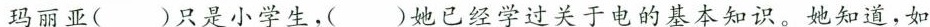
玛丽亚( )只是小学生，( )她已经学过关于电的基本知识。她知道，如